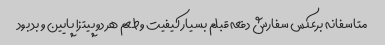
متاسفانه برعکس سفارش دفعه قبلم بسیار کیفیت و طعم هر دو پیتزا پایین و بد بود